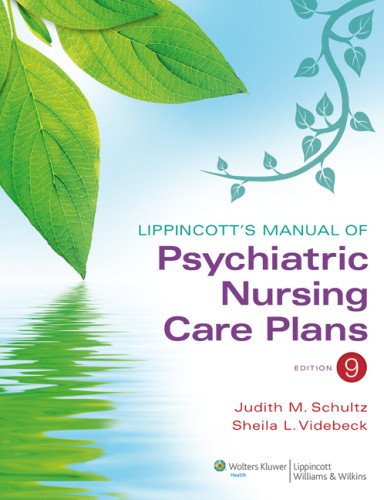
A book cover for Lippincott's Manual of Psychiatric Nursing Care Plans; Judith M. Schultz MS  RN; Medical Books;